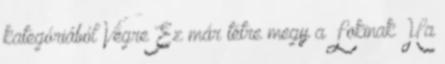
kategóriából Végre Ez már tétre megy a Lokinak Ha